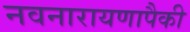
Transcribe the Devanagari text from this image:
नवनारायणापैकी